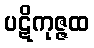
ပဋိကုဇ္ဇထ